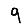
Digit: 9